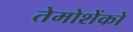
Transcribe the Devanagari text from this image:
तेमोशेंको